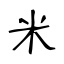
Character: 米